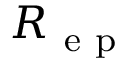
R _ { \mathrm { ~ e ~ p ~ } }